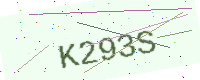
Text: K293S